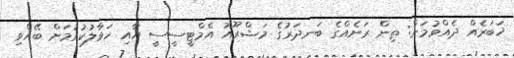
ޚަބަރެއް ދެއްވުމަށް: ތިން ރަށެއްގެ ބަނދަރުގެ މަޝްރޫއު އެމްޓީސީސީ އާއި ހަވާލުކުރުމަށް ބޭއްވި